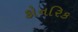
કોનરિક